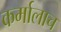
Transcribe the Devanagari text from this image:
कर्मालाच